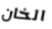
الخان